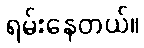
ရမ်းနေတယ်။